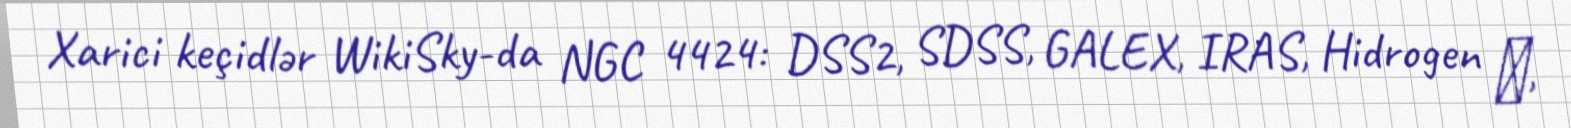
Xarici keçidlər WikiSky-da NGC 4424: DSS2, SDSS, GALEX, IRAS, Hidrogen α,